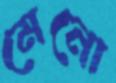
মেনো